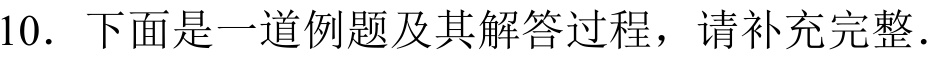
10. 下面是一道例题及其解答过程，请补充完整.